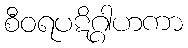
စီဝရပဋိဂ္ဂါဟကာ